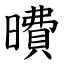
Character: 曊